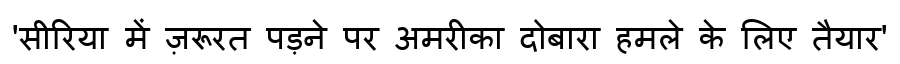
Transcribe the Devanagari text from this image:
'सीरिया में ज़रूरत पड़ने पर अमरीका दोबारा हमले के लिए तैयार'